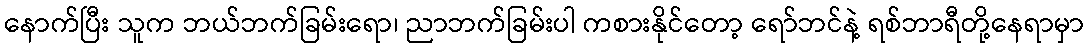
နောက်ပြီး သူက ဘယ်ဘက်ခြမ်းရော၊ ညာဘက်ခြမ်းပါ ကစားနိုင်တော့ ရော်ဘင်နဲ့ ရစ်ဘာရီတို့နေရာမှာ